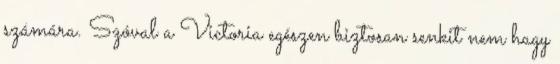
számára. Szóval a Victoria egészen biztosan senkit nem hagy